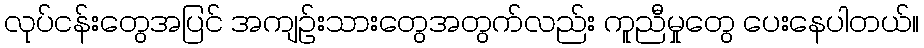
လုပ်ငန်းတွေအပြင် အကျဉ်းသားတွေအတွက်လည်း ကူညီမှုတွေ ပေးနေပါတယ်။